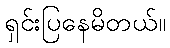
ရှင်းပြနေမိတယ်။